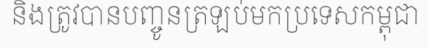
និងត្រូវបានបញ្ចូនត្រឡប់មកប្រទេសកម្ពុជា